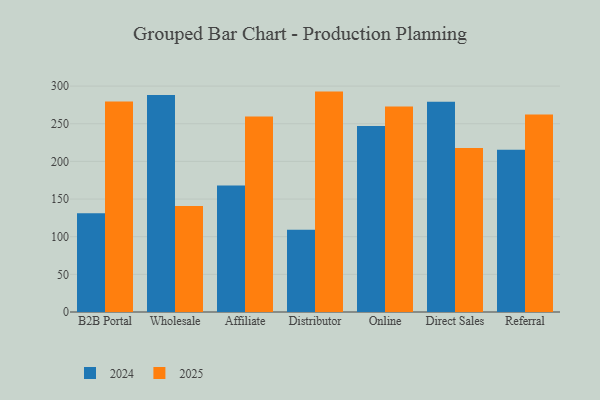
{"axis": {"x": "Channel", "y": "Inventory Turnover"}, "legend": ["2024", "2025"], "data": [{"x": "B2B Portal", "y": 131.0, "type": "2024"}, {"x": "B2B Portal", "y": 279.6, "type": "2025"}, {"x": "Wholesale", "y": 288.1, "type": "2024"}, {"x": "Wholesale", "y": 140.7, "type": "2025"}, {"x": "Affiliate", "y": 168.0, "type": "2024"}, {"x": "Affiliate", "y": 259.5, "type": "2025"}, {"x": "Distributor", "y": 109.2, "type": "2024"}, {"x": "Distributor", "y": 292.7, "type": "2025"}, {"x": "Online", "y": 247.1, "type": "2024"}, {"x": "Online", "y": 272.8, "type": "2025"}, {"x": "Direct Sales", "y": 279.2, "type": "2024"}, {"x": "Direct Sales", "y": 217.9, "type": "2025"}, {"x": "Referral", "y": 215.4, "type": "2024"}, {"x": "Referral", "y": 262.2, "type": "2025"}]}